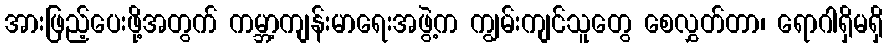
အားဖြည့်ပေးဖို့အတွက် ကမ္ဘာ့ကျန်းမာရေးအဖွဲ့က ကျွမ်းကျင်သူတွေ စေလွှတ်တာ၊ ရောဂါရှိမရှိ